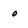
Character: 0